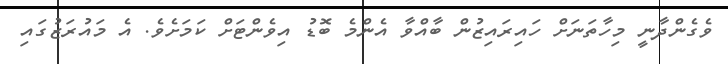
ވެގެންދާނީ މިހާތަނަށް ހައިރައިޒުން ބާއްވާ އެންމެ ބޮޑު އިވެންޓަށް ކަމަށެވެ. އެ މައުރަޒުގައި